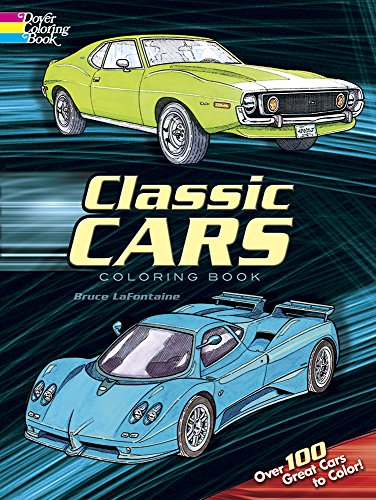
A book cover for Classic Cars Coloring Book; Bruce LaFontaine; Children's Books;